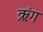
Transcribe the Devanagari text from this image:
ऋंग